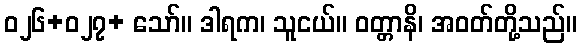
ဝ၂၆+ဝ၂၇+ သော်။ ဒါရက၊ သူငယ်။ ဝတ္တာနိ၊ အဝတ်တို့သည်။